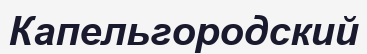
Капельгородский